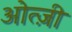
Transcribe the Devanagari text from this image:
ओत्ज़ी